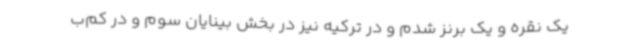
یک نقره و یک برنز شدم و در ترکیه نیز در بخش بینایان سوم و در کم‌ب